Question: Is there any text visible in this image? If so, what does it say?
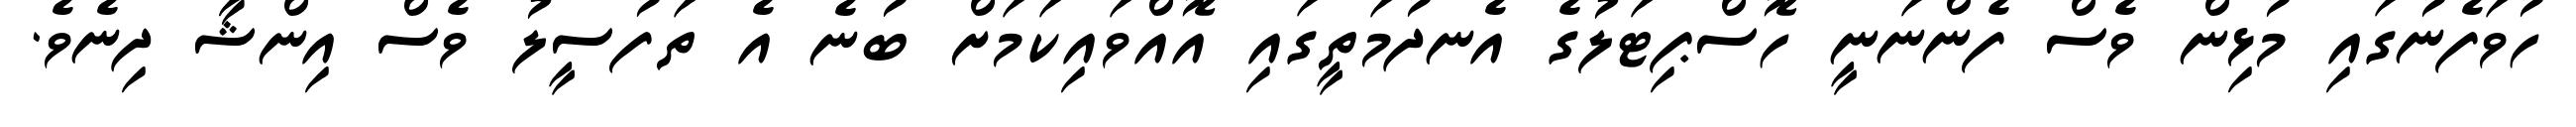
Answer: ހުވަފެނުގައި މުޅިން ވެސް ފެންނަނީ ހޮސްޕިޓަލުގެ އެނދުމަތީގައި އޮއްވައިކަމަށް ބުނެ އެ ތަފުސީލު ވެސް އިންޝާ ދިނެވެ.